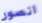
اتصور